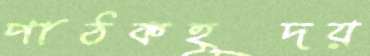
পাঠকহূদয়